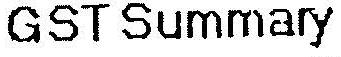
GST SUMMARY